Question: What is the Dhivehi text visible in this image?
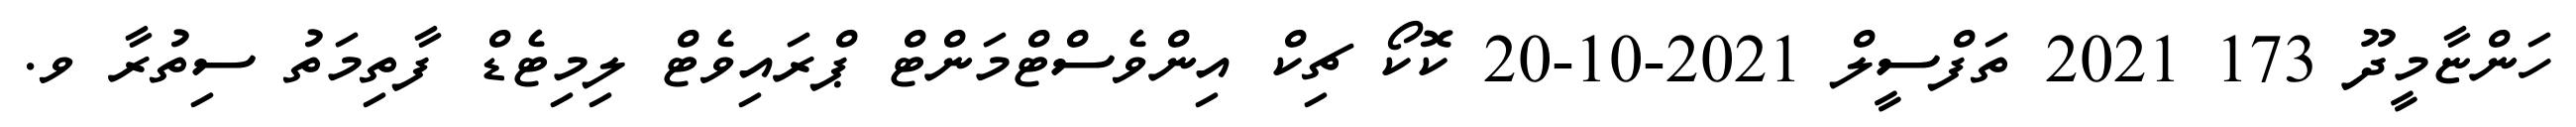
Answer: ހަންޏާމީދޫ 173 2021 ތަފްސީލް 2021-10-20 ކޮކޯ ޗިކް އިންވެސްޓްމަންޓް ޕްރައިވެޓް ލިމިޓެޑް ފާތިމަތު ސިތުރާ ވ.